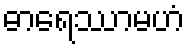
ဓာရေဿာမဟံ